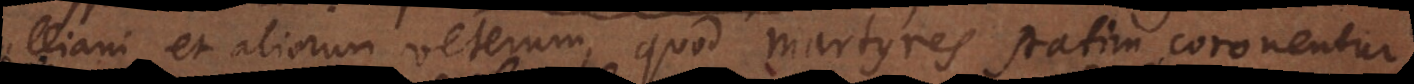
Tertulliani et aliorum veterum, quod martyres statim coronentur,